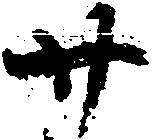
廿